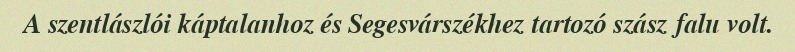
A szentlászlói káptalanhoz és Segesvárszékhez tartozó szász falu volt.